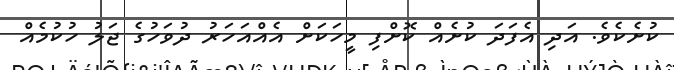
ކުށެކެވެ. އަދި އެފަދަ ކުށެއް ކޮށްފި މީހަކަށް އެއްއަހަރު ދުވަހުގެ ޖަލު ހުކުމެއް